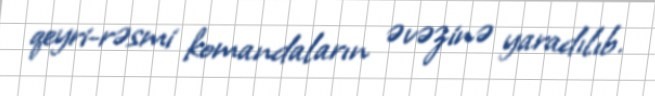
qeyri-rəsmi komandaların əvəzinə yaradılıb.